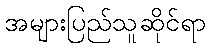
အများပြည်သူဆိုင်ရာ